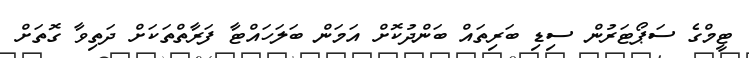
ޓީމްގެ ސަޕޯޓަރުން ސިޑި ބަރިތައް ބަންދުކޮށް އަމަން ބަލަހައްޓާ ފަރާތްތަކަށް ދަތިވާ ގޮތަށް